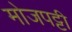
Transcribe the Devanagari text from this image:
मोजपट्टी